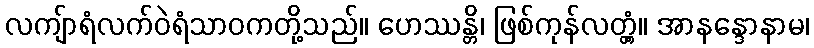
လကျ်ာရံလက်ဝဲရံသာဝကတို့သည်။ ဟေဿန္တိ၊ ဖြစ်ကုန်လတ္တံ့။ အာနန္ဒောနာမ၊